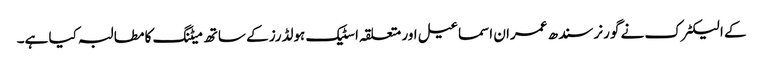
کے الیکٹرک نے گورنر سندھ عمران اسماعیل اور متعلقہ اسٹیک ہولڈرز کے ساتھ میٹنگ کا مطالبہ کیا ہے۔